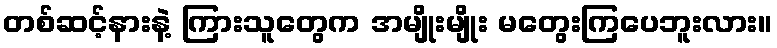
တစ်ဆင့်နားနဲ့ ကြားသူတွေက အမျိုးမျိုး မတွေးကြပေဘူးလား။